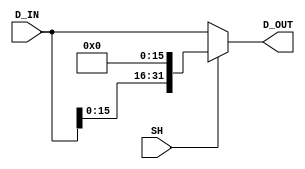
`timescale 1 ns/1 ns

module Shl_16(SH, D_IN, D_OUT);
	input  SH;
	input  [31:0] D_IN;
	output [31:0] D_OUT;
	reg    [31:0] D_OUT;

	// CombLogic
	always @(SH, D_IN) begin
		if(SH == 1'b1)
			D_OUT <= {D_IN[15:0], 16'h0};
		else
			D_OUT <= D_IN;
	end
endmodule